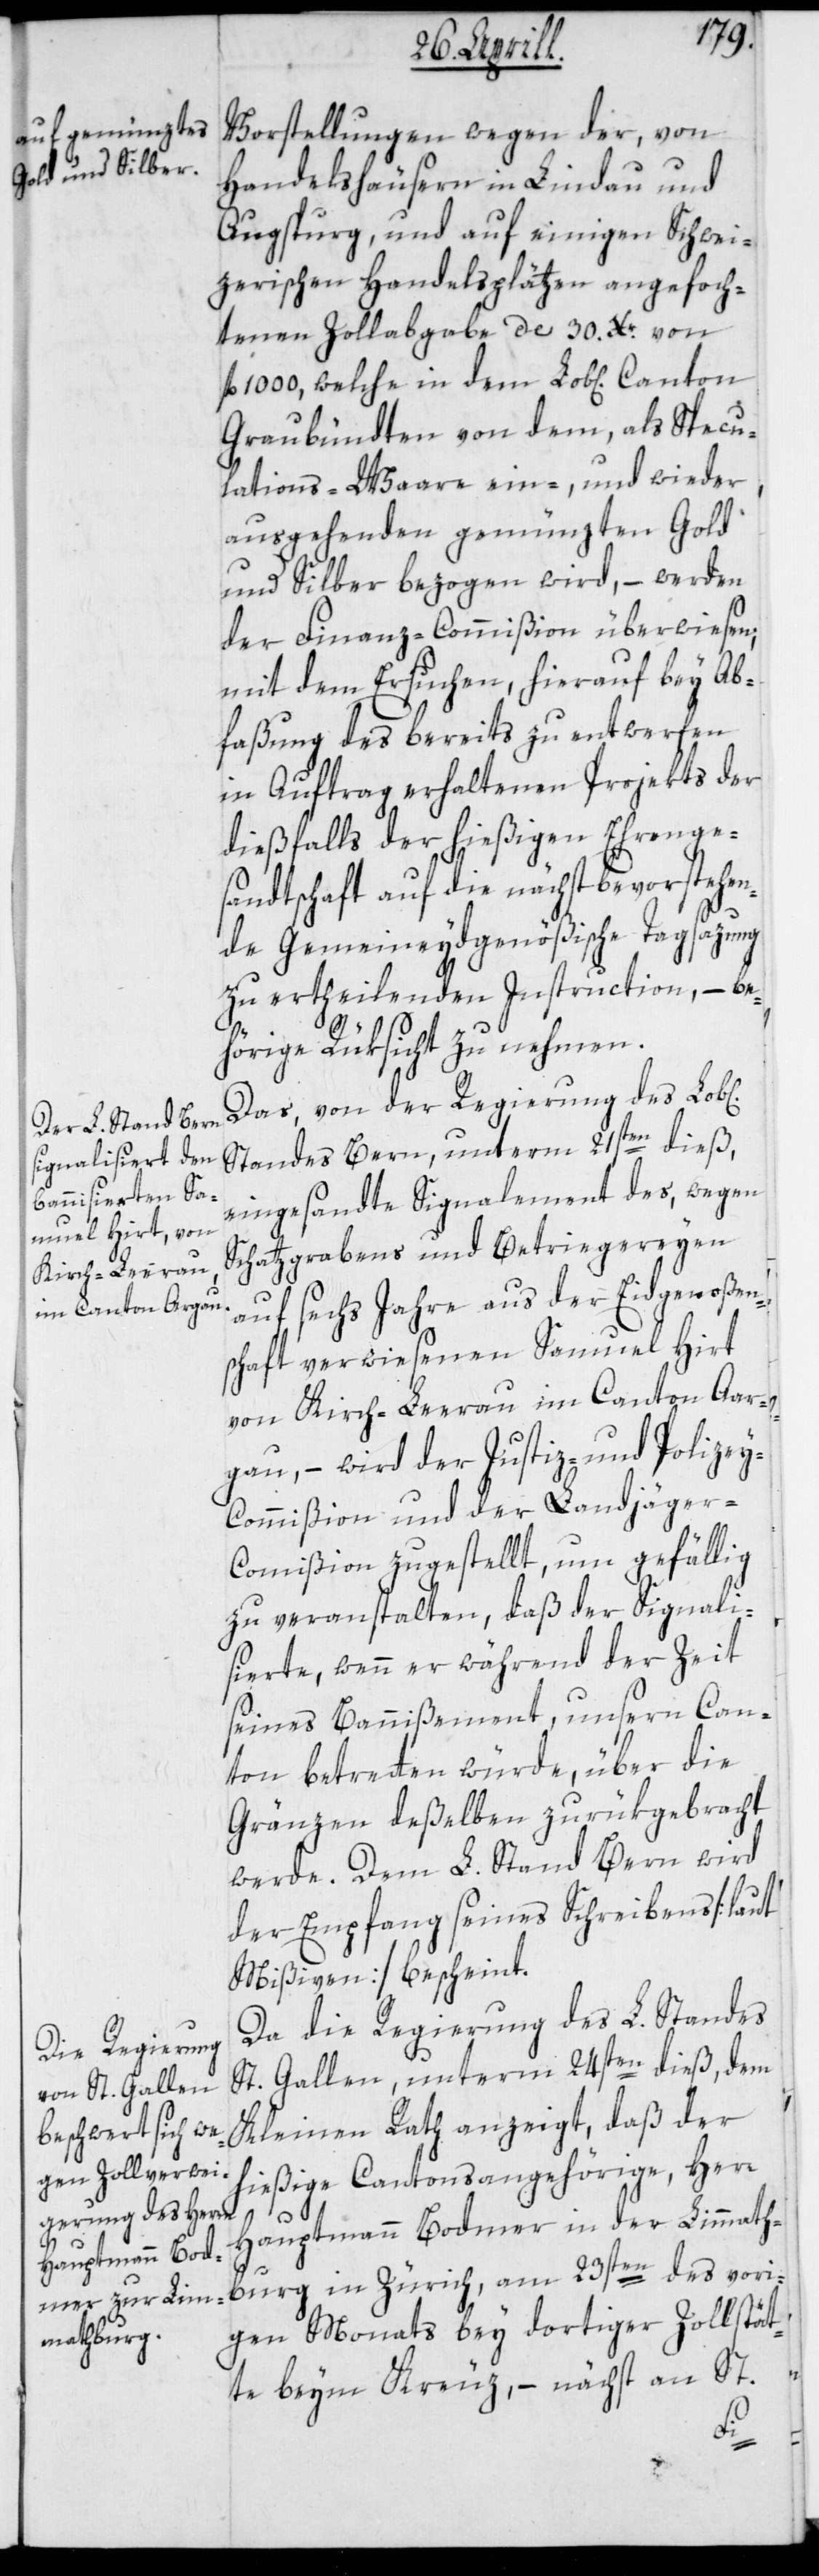
Vorstellungen wegen der, von
Handelshäusern in Lindau und
Augspurg und auf einigen schwei¬
zerischen Handelplätzen angefoch¬
tenen Zollabgabe de 30 Xr. von
fl. 1000, welche in dem Lob[lichen]
Graubündten von dem, als Specu¬
lations-Waare ein-, und wieder
ausgehenden gemünzten Gold
und Silber bezogen wird, – werden
der Finanz-Commißion überwiesen,
mit dem Ersuchen, hierauf bey Ab¬
faßung des bereits zu entwerfen
in Auftrag erhaltenen Projekts der
dießfalls der hießigen Ehrenge¬
sandtschaft auf die nächst bevorstehen¬
de Gemeineydgenößische Tagsazung
zu ertheilenden Instruction, – be¬
hörige Rüksicht zu nehmen.
Das, von der Regierung des Lob[l¬
Standes Bern, unterm 21sten dieß,
eingesandte Signalement des, wegen
Schatzgrabens und Betriegereyen
auf sechs Jahre aus der Eidgenoßen¬
schaft verwiesenen Samuel Hirt
von Kirch-Leerau im Canton Aar¬
gau, – wird der Justiz- und Polize¬
y-Commißion und der Landjäger-C¬
ommißion zugestellt, um gefällig
zu veranstalten, daß der Signali¬
sierte, wenn er während der Zeit
seines Bannißement, unsern Can¬
ton betretten würde, über die
Gränzen deßelben zurükgebracht
werde. Dem L. Stand Bern wird
der Empfang seines Schreibens [laut
Mißiven] bescheint.
Da die Regierung des L. Standes
St. Gallen, unterm 24sten dieß dem
Kleinen Rath anzeigt, daß der
hießige Cantonsangehörige, Herr
Hauptmann Bodmer in der Limmath¬
en]
burg in Zürich, am 23sten des vori¬
gen Monats bey dortiger Zollstät¬
te beym Kreuz, – nächst an St.
ich¬